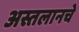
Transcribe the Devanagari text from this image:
अस्तलानचे